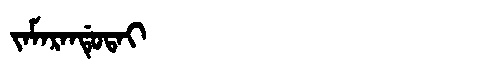
Manchu: ᠵᠠᠮᠠᡵᠠᠨᡩᡠᡨᠠᡳ
Romanization: JAMARANDUTAI